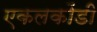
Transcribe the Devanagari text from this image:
एकलकोंडी